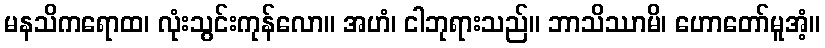
မနသိကရောထ၊ လုံးသွင်းကုန်လော။ အဟံ၊ ငါဘုရားသည်။ ဘာသိဿာမိ၊ ဟောတော်မူအံ့။